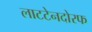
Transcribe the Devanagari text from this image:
लाटटेनदोरफ